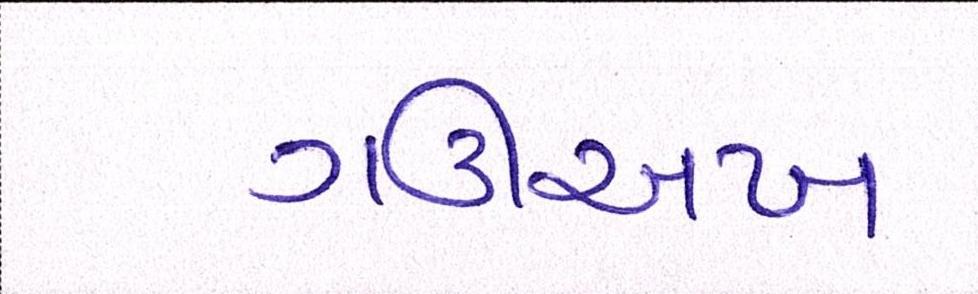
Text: ગઊઅખ